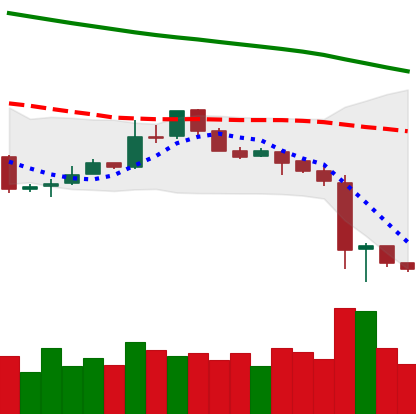
Ticker: LTC-USD
Chart end date: 2018-11-17
Forward return: -23.215%
Label: down_7plus